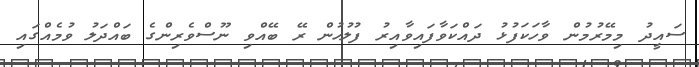
ސައީދު މިމޭރުމުން ވާހަކަފުޅު ދައްކަވާފައިވާއިރު ފުލުހުން ރޭ ބޭއްވި ނޫސްވެރިންގެ ބައްދަލު ވުމެއްގައި